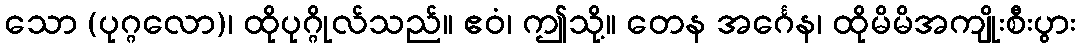
သော (ပုဂ္ဂလော)၊ ထိုပုဂ္ဂိုလ်သည်။ ဧဝံ၊ ဤသို့။ တေန အင်္ဂေန၊ ထိုမိမိအကျိုးစီးပွား